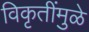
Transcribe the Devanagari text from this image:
विकृतींमुळे